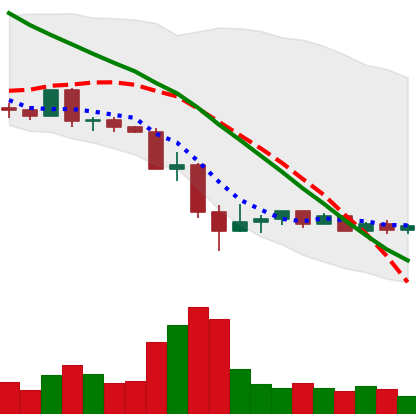
Ticker: EOS-USD
Chart end date: 2022-05-21
Forward return: -5.069%
Label: down_5_7